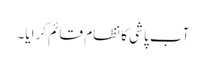
آب پاشی کا نظام قائم کرایا۔